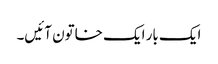
ایک بار ایک خاتون آئیں‌۔